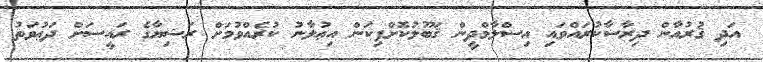
އަދި ޤުރުއާން ދިރާސާކުރައްވައި އިސްލާމްދީން ޤަބޫލުކޮށްފިކަން އިޢުލާނު ކުރެއްވުމަށް ރަޝިޔާގެ ރައީސަށް ދަޢުވަތު